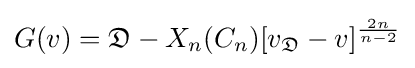
G(v)={\mathfrak {D}}-X_{n}(C_{n})[v_{\mathfrak {D}}-v]^{\frac {2n}{n-2}}